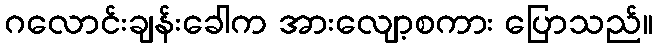
ဂလောင်းချန်းခေါက အားလျော့စကား ပြောသည်။